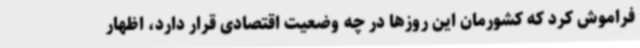
فراموش کرد که کشورمان این روزها در چه وضعیت اقتصادی قرار دارد، اظهار